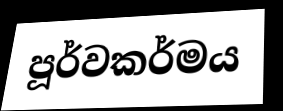
පූර්වකර්මය